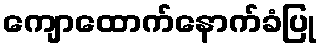
ကျောထောက်နောက်ခံပြု